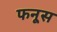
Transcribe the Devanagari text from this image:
फनूस